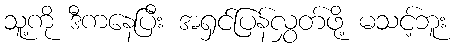
သူ့ကို ဒီကနေပြီး အရှင်ပြန်လွှတ်ဖို့ မသင့်ဘူး